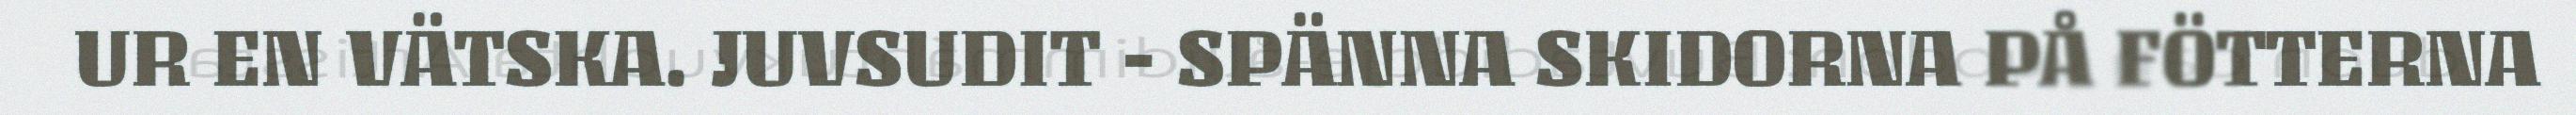
UR EN VÄTSKA. JUVSUDIT - SPÄNNA SKIDORNA PÅ FÖTTERNA